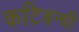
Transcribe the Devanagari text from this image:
कटिबन्धी